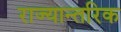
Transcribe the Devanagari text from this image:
राज्यान्तरिक